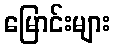
မြောင်းများ